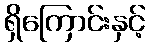
ရှိကြောင်းနှင့်